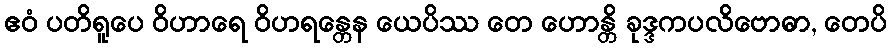
ဧဝံ ပတိရူပေ ဝိဟာရေ ဝိဟရန္တေန ယေပိဿ တေ ဟောန္တိ ခုဒ္ဒကပလိဗောဓာ, တေပိ